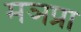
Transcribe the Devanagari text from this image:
मञप्रा